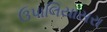
ઉપાલિયાસરા